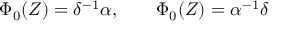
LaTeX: \Phi _ { 0 } ( Z ) = \delta ^ { - 1 } \alpha , \qquad \Phi _ { 0 } ( Z ) = \alpha ^ { - 1 } \delta